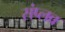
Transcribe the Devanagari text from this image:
संप्लव